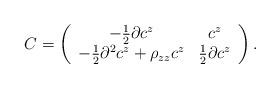
LaTeX: \begin{align*}C=\left( \begin{array}{cc}-\frac{1}{2}\partial c^{z} & c^{z} \\ -\frac{1}{2}\partial ^{2}c^{z}+\rho _{zz}c^{z} & \frac{1}{2}\partial c^{z}\end{array}\right) . \end{align*}